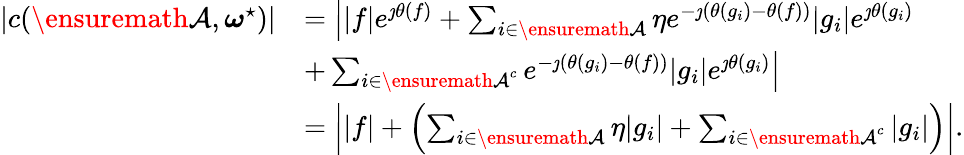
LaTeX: \begin{array}{rl}{\vert c({\ensuremath{\mathcal{A}}},\boldsymbol{\omega}^{\star})\vert}&{=\left\vert\vert f\vert e^{\jmath\theta\left(f\right)}+\sum_{i\in{\ensuremath{\mathcal{A}}}}\eta e^{-\jmath\left(\theta\left(g_{i}\right)-\theta\left(f\right)\right)}\vert g_{i}\vert e^{\jmath\theta\left(g_{i}\right)}\right.}\\ &{+\left.\sum_{i\in{\ensuremath{\mathcal{A}}}^{c}}e^{-\jmath\left(\theta\left(g_{i}\right)-\theta\left(f\right)\right)}\vert g_{i}\vert e^{\jmath\theta\left(g_{i}\right)}\right\vert}\\ &{=\left\vert\vert f\vert+\left(\sum_{i\in{\ensuremath{\mathcal{A}}}}\eta\vert g_{i}\vert+\sum_{i\in{\ensuremath{\mathcal{A}}}^{c}}\vert g_{i}\vert\right)\right\vert.}\end{array}